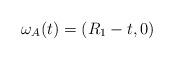
LaTeX: \begin{align*}\omega_A(t) = (R_1-t,0)\end{align*}